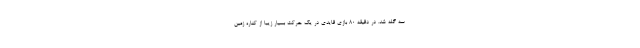
سه گله شد. در دقیقه ۸۰ بازی قایدی در یک حرکت بسیار زیبا از کناره زمین